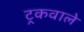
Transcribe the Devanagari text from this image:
ट्रकवाले